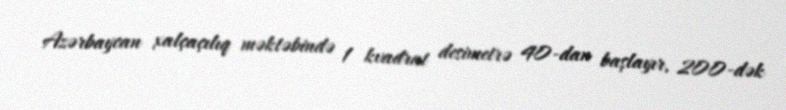
Azərbaycan xalçaçılıq məktəbində 1 kvadrat desimetrə 40-dan başlayır, 200-dək